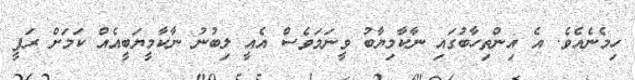
ހިމެނެއެވެ. އެ އިންތިހާބުގައި ނާކާމިޔާބު ވީނަމަވެސް އެއީ ލިބުނު ނާކާމީޔަބީއެއް ކަމަށް ރަފީ